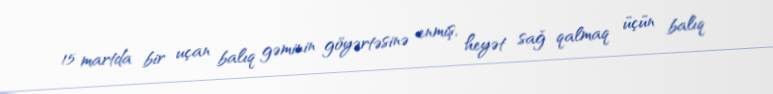
15 martda bir uçan balıq gəminin göyərtəsinə enmiş, heyət sağ qalmaq üçün balıq